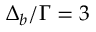
\Delta _ { b } / \Gamma = 3